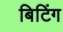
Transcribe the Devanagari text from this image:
बिटिंग